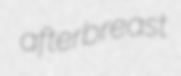
afterbreast